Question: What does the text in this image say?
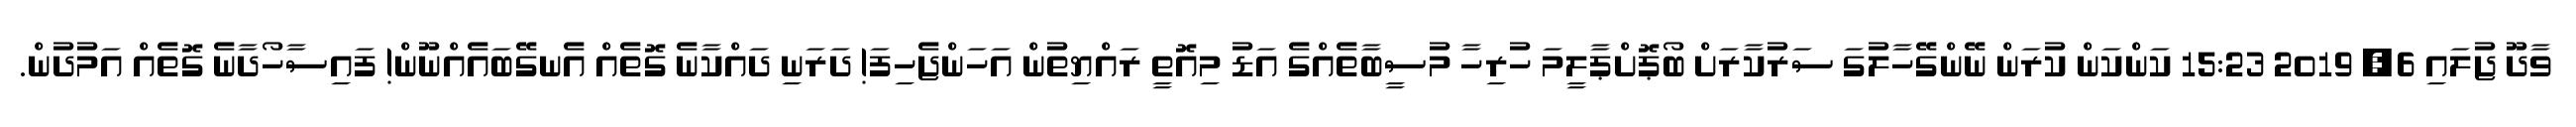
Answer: ވާދޫ ޖުލައި 6, 2019 15:23 ކަންކަން ކުރަން ނޭންގޭހާލުގަ ސަރުކާރަށް ބޯޕޮށްޕާލީމަ ހުރިހާ މުސީބާތެއްގެ އަޑު މިއޮތީ ރައްޔިތުން އަހަންޖެހިފަ! ދަރަނި ދައްކާނެ ގޮތެއް އެނގޭބައެއްނޫން! ފައިސާހޯދާނެ ގޮތެއް އަމުދުން.